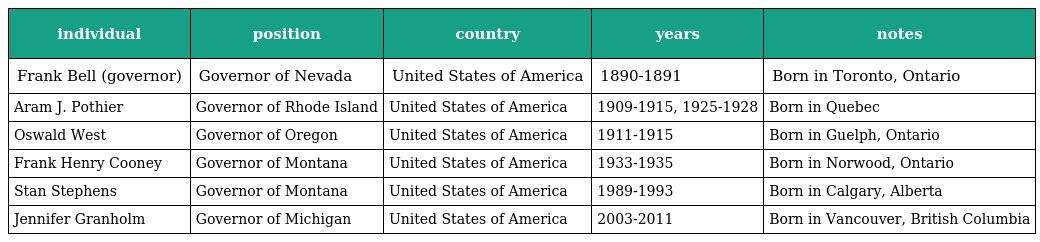
| individual | position | country | years | notes |
 | --- | --- | --- | --- | --- |
 | Frank Bell (governor) | Governor of Nevada | United States of America | 1890-1891 | Born in Toronto, Ontario |
 | Aram J. Pothier | Governor of Rhode Island | United States of America | 1909-1915, 1925-1928 | Born in Quebec |
 | Oswald West | Governor of Oregon | United States of America | 1911-1915 | Born in Guelph, Ontario |
 | Frank Henry Cooney | Governor of Montana | United States of America | 1933-1935 | Born in Norwood, Ontario |
 | Stan Stephens | Governor of Montana | United States of America | 1989-1993 | Born in Calgary, Alberta |
 | Jennifer Granholm | Governor of Michigan | United States of America | 2003-2011 | Born in Vancouver, British Columbia |